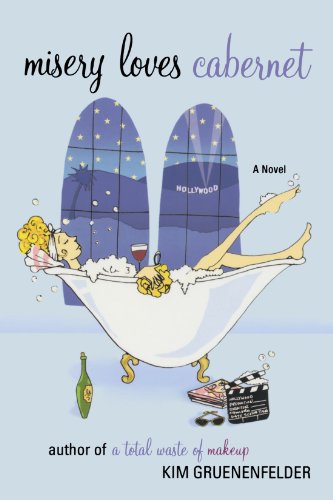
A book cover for Misery Loves Cabernet; Kim Gruenenfelder; Literature & Fiction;